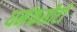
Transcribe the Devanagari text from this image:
धर्मकसौटी